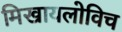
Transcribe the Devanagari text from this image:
मिखायलोविच